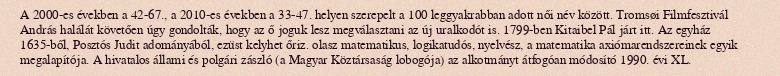
A 2000-es években a 42-67., a 2010-es években a 33-47. helyen szerepelt a 100 leggyakrabban adott női név között. Tromsøi Filmfesztivál András halálát követően úgy gondolták, hogy az ő joguk lesz megválasztani az új uralkodót is. 1799-ben Kitaibel Pál járt itt. Az egyház 1635-ből, Posztós Judit adományából, ezüst kelyhet őriz. olasz matematikus, logikatudós, nyelvész, a matematika axiómarendszereinek egyik megalapítója. A hivatalos állami és polgári zászló (a Magyar Köztársaság lobogója) az alkotmányt átfogóan módosító 1990. évi XL.